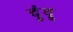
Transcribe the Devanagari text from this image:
दुंदू